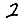
Digit: 2